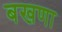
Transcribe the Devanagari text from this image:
बखणा